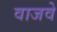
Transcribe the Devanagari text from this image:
वाजवे